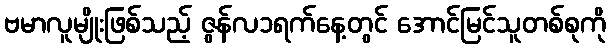
ဗမာလူမျိုးဖြစ်သည့် ဇွန်လ၁ရက်နေ့တွင် အောင်မြင်သူတစ်စုကို